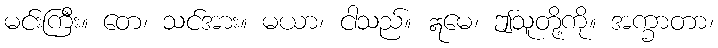
မင်းကြီး။ တေ၊ သင်အား။ မယာ၊ ငါသည်။ ဣမေ၊ ဤသူတို့ကို။ အက္ခာတာ၊